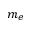
m _ { e }